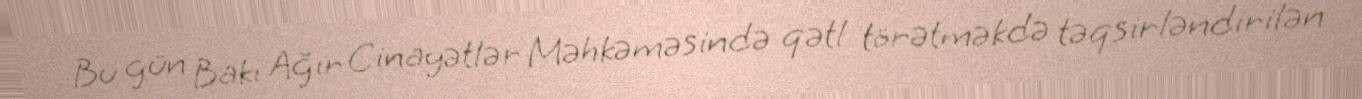
Bu gün Bakı Ağır Cinayətlər Məhkəməsində qətl törətməkdə təqsirləndirilən